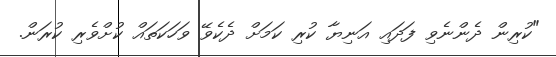
"ކުރިން ދެންނެވި ފަދައި އަނިޔާ ކުރި ކަމަށް ދެކެވޭ ވަހަކަތައް ކުށްވެރި ކުރަން.